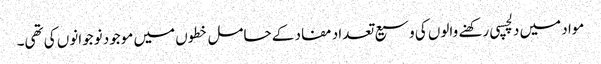
مواد میں دلچسپی رکھنے والوں کی وسیع تعداد مفاد کے حامل خطوں میں موجود نوجوانوں کی تھی۔